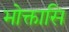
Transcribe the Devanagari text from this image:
भोक्तासि